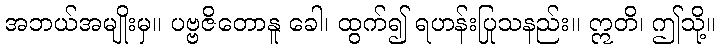
အဘယ်အမျိုးမှ။ ပဗ္ဗဇိတောနူ ခေါ၊ ထွက်၍ ရဟန်းပြုသနည်း။ ဣတိ၊ ဤသို့။